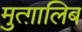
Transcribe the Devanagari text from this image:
मुत्ग़ालिब